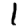
Digit: 1